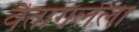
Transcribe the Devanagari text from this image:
वैतागलेला